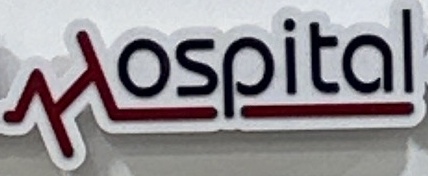
Hospital